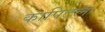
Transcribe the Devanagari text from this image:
कापिटल